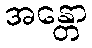
အန္တော